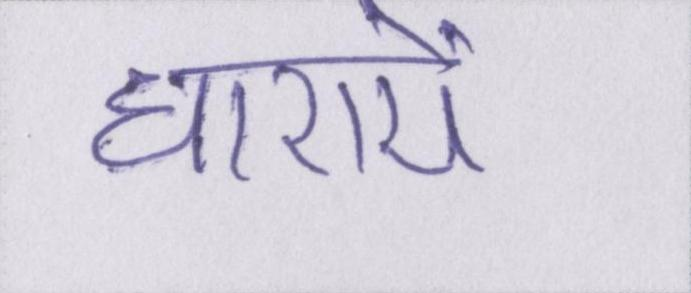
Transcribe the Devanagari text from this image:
धारायें